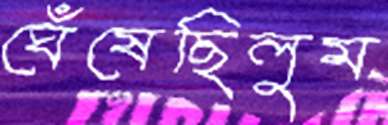
ঘেঁষেছিলুম